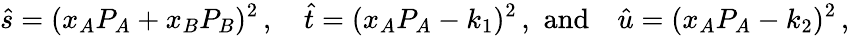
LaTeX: \hat{s}=(x_{A}P_{A}+x_{B}P_{B})^{2}\, ,\quad\hat{t}=(x_{A}P_{A}-k_{1})^{2}\, ,\, \, \mathrm{and}\quad\hat{u}=(x_{A}P_{A}-k_{2})^{2}\, ,